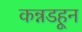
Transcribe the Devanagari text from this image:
कन्नडहून